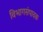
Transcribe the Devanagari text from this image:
विभागसंपादक